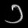
Digit: ၁